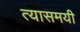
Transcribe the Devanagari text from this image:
त्यासमयी